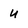
Character: u